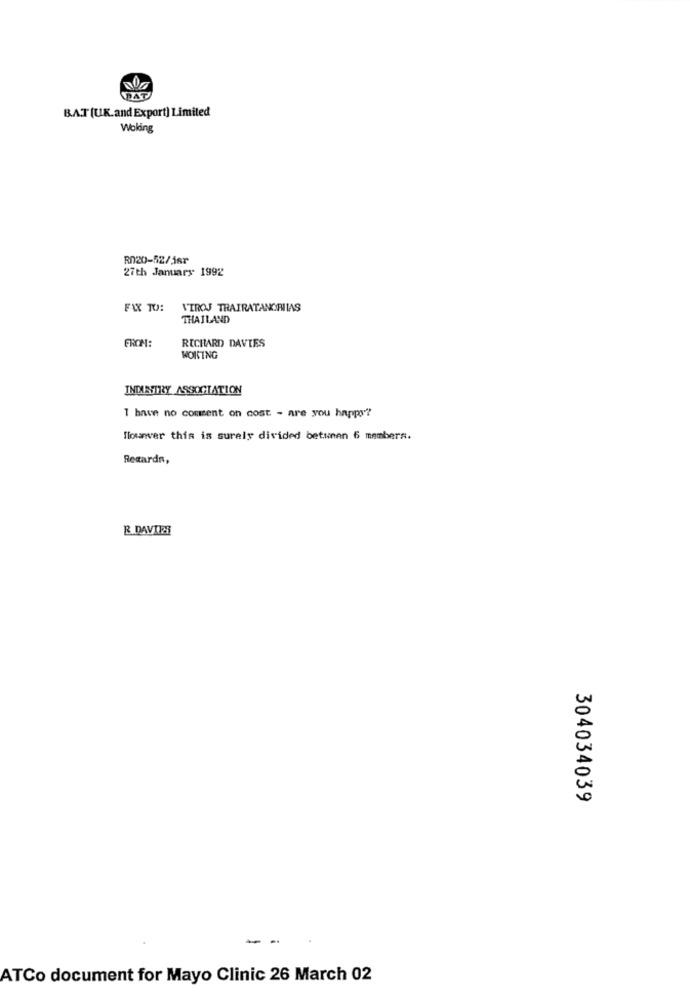
AT
B.A.T (UK.and Export) Limited
Woking
R020-52/jsr
27th January 1992
FAX TO: VIROJ TRAIRATANORIIAS
THAILAND
FROM:
RICHARD DAVIES
WORKING
INDUSTRY ASSOCIATION
1 have no comment on cost - are you happy?
Slounver this is surely divided betunen 6 members.
Regards,
R DAVIDE
304034039
- -
ATCo document for Mayo Clinic 26 March 02